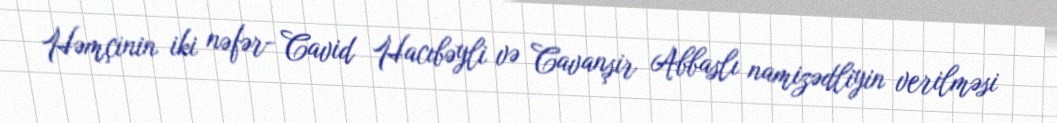
Həmçinin iki nəfər- Cavid Hacıbəyli və Cavanşir Abbaslı namizədliyin verilməsi